Annual administration report of the Civil Veterinary Department of India - 1894-1895
Year: 1894
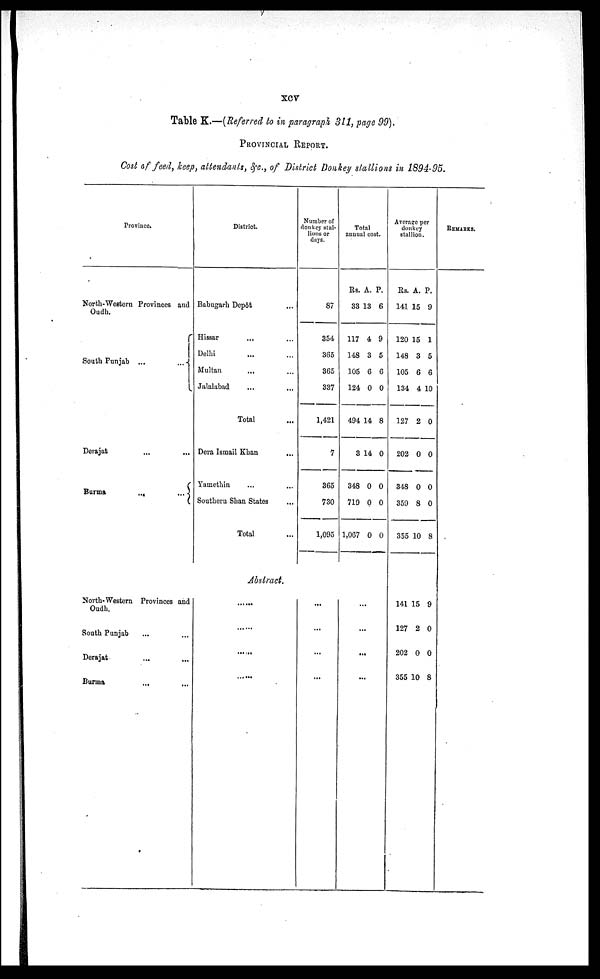
xcv
Table K.—(Referred to in paragraph 311, page 99),
PROVINCIAL REPORT.
Cost of feed, keep, attendants, &c., of District Donkey stallions in 1894-95.
Province.
North-Western Provinces and
Oudh.
...
South Punjab ...
...
Derajat
...
...
Burma
...
...
North- Western Provinces and
Oudh.
South Punjab
...
Derajat
...
...
Burma
...
District.
Babugarh Depôt
Hissar ...
Delhi ...
Multan ...
Jalalabad
...
...
Total
...
Dera Ismail Khan..
Yamethin ...
Southern Shan States
...
Total
...
Abstract.
......
......
......
......
Number of
donkey stal-
lions or
days.
87
354
365
365
337
1,421
7
365
730
1,095
...
...
...
...
Total
annual cost.
Rs.
33
117
148
105
124
494
3
348
719
1,067
A.
13
4
3
6
0
14
14
0
0
0
P.
6
9
5
6
0
8
0
0
0
0
...
...
...
...
Average per
donkey
stallion.
Rs.
141
120
148
105
134
127
202
348
359
355
A.
15
15
3
6
4
2
0
0
8
10
P.
9
1
5
6
10
0
0
0
0
8
141
127
202
355
15
2
0
10
9
0
0
8
REMARKS.